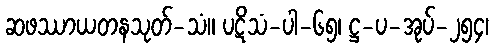
ဆဖဿာယတနသုတ်-သံ။ ပဋိသံ-ပါ-၆၅၊ ဋ္ဌ-ပ-အုပ်-၂၅၄၊